Burma Government Medical School reports 1923-41
Year: 1923
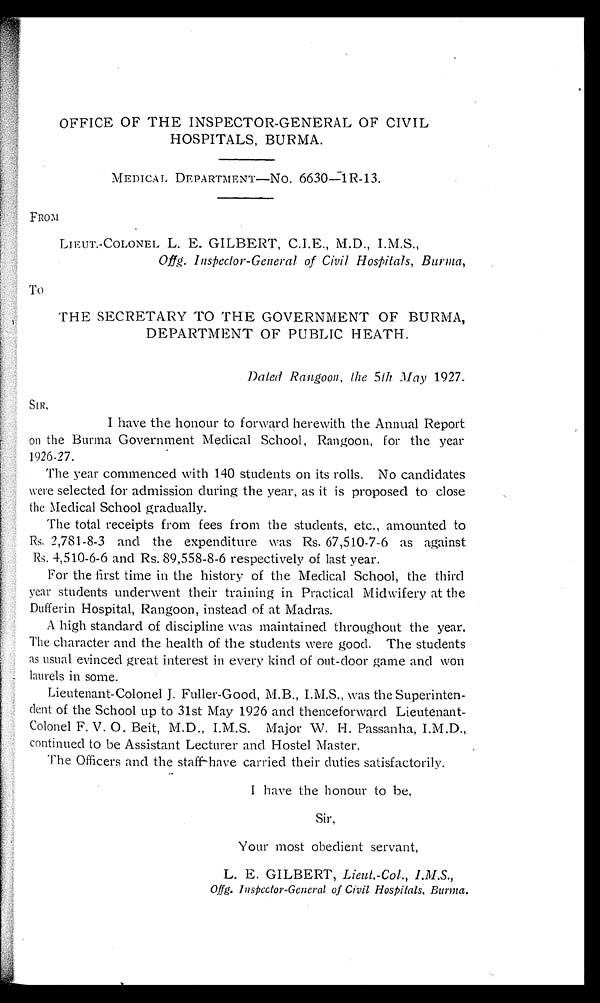
OFFICE OF THE INSPECTOR-GENERAL OF CIVIL
HOSPITALS, BURMA.
MEDICAL DEPARTMENT—NO. 6630—1R-13.
FROM
LIEUT.-COLONEL L. E. GILBERT, C.I.E., M.D., I.M.S.,
Offg. Inspector-General of Civil Hospitals, Burma,
To
THE SECRETARY TO THE GOVERNMENT OF BURMA,
DEPARTMENT OF PUBLIC HEATH.
Dated Rangoon, the 5th May 1927.
SIR,
I have the honour to forward herewith the Annual Report
on the Burma Government Medical School, Rangoon, for the year
1926-27.
The year commenced with 140 students on its rolls. No candidates
were selected for admission during the year, as it is proposed to close
the Medical School gradually.
The total receipts from fees from the students, etc., amounted to
Rs. 2,781-8-3 and the expenditure was Rs. 67,510-7-6 as against
Rs. 4,510-6-6 and Rs. 89,558-8-6 respectively of last year.
For the first time in the history of the Medical School, the third
year students underwent their training in Practical Midwifery at the
Dufferin Hospital, Rangoon, instead of at Madras.
A high standard of discipline was maintained throughout the year.
The character and the health of the students were good. The students
as usual evinced great interest in every kind of out-door game and won
laurels in some.
Lieutenant-Colonel J. Fuller-Good, M.B., I.M.S., was the Superinten
-dent of the School up to 31st May 1926 and thenceforward Lieutenant-
Colonel F. V. O. Beit, M.D., I.M.S. Major W. H. Passanha, I.M.D.,
continued to be Assistant Lecturer and Hostel Master.
The Officers and the staff-have carried their duties satisfactorily.
I have the honour to be,
Sir,
Your most obedient servant,
L. E. GILBERT, Lieut.-Col., I.M.S.,
Offg. Inspector-General of Civil Hospitals, Burma.